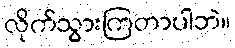
လိုက်သွားကြတာပါဘဲ။